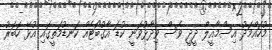
މުހައްމަދު އިސްމާއީލް ދީދީ ވެސް ވިދާޅުވަނީ ކުޑަ އާގުބޯޓެއް ކަނޑުމަތީގައި އުޅޭ ހަބަރު